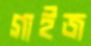
গাইজ